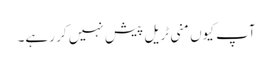
آپ کیوں منی ٹریل پیش نہیں کر رہے۔